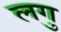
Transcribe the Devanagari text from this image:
लगु